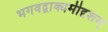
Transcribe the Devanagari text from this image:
भगवद्वाक्यमीदृशम्